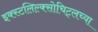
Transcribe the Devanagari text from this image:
इक्स्टलिल्क्सोचिट्लच्या